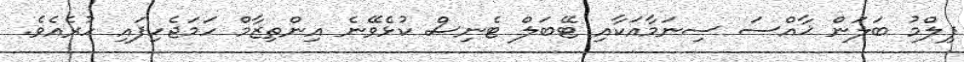
ފިލްމު ބަލަން ޚާއްސަ ސިނަމާއަކާއި ޓޭބަލް ޓެނިސް ކުޅެވޭނެ އިންތިޒާމް ހަމަޖެހިފައި ހުރެއެވެ.